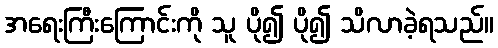
အရေးကြီးကြောင်းကို သူ ပို၍ ပို၍ သိလာခဲ့ရသည်။